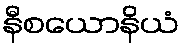
နီစယောနိယံ